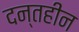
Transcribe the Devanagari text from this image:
दन्तहीन